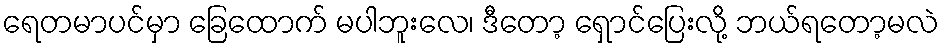
ရေတမာပင်မှာ ခြေထောက် မပါဘူးလေ၊ ဒီတော့ ရှောင်ပြေးလို့ ဘယ်ရတော့မလဲ